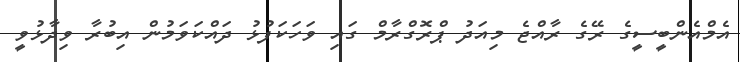
އެމްއެންބީސީގެ ރޭގެ ރާއްޖެ މިއަދު ޕްރޮގްރާމް ގައި ވަހަކަފުޅު ދައްކަވަމުން އިބުރާ ވިދާޅުވީ